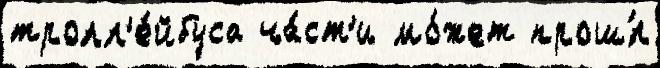
тролл'е́йбуса ча́ст'и мо́жет прош́л